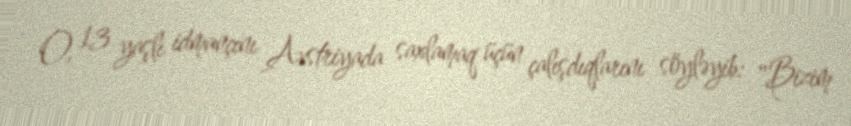
O, 13 yaşlı idmançını Avstriyada saxlamaq üçün çalışdıqlarını söyləyib: "Bizim